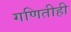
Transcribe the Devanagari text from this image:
गणितीही